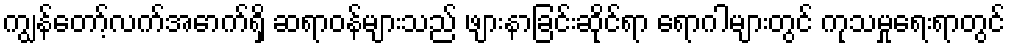
ကျွန်တော့်လက်အောက်ရှိ ဆရာဝန်များသည် ဖျားနာခြင်းဆိုင်ရာ ရောဂါများတွင် ကုသမှုရေးရာတွင်